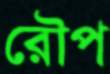
রৌপ